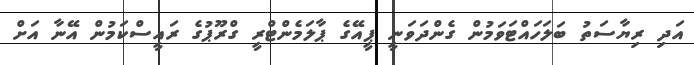
އަދި ރިޔާސަތު ބަލަހައްޓަވަމުން ގެންދަވަނީ ޕީއޭގެ ޕާލަމެންޓްރީ ގްރޫޕުގެ ރައީސްކަމުން އޭނާ އަށް